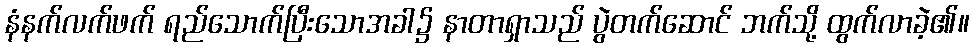
နံနက်လက်ဖက် ရည်သောက်ပြီးသောအခါ၌ နာတာရှာသည် ပွဲတက်ဆောင် ဘက်သို့ ထွက်လာခဲ့၏။